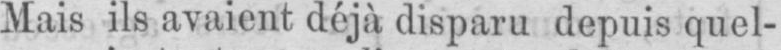
Mais ils avaient déjà disparu depuis quel-